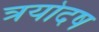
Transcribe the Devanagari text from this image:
त्रयोदष